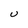
Character: U